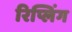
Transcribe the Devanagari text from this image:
रिप्लिंग